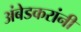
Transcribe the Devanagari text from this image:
अंबेडकरांनी